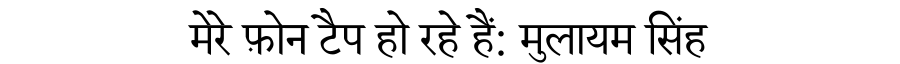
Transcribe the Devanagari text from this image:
मेरे फ़ोन टैप हो रहे हैं: मुलायम सिंह